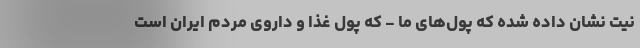
نیت نشان داده شده که پول‌های ما - که پول غذا و داروی مردم ایران است